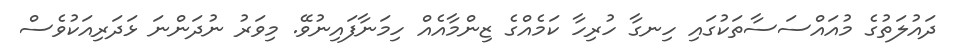
ދައުލަތުގެ މުއައްސަސާތަކުގައި ހިނގާ ހުރިހާ ކަމެއްގެ ޒިންމާއެއް ހިމަނާފައިނުވޭ. މިވަރު ނުދަންނަ ޅަދަރިއަކުވެސް